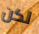
لكن